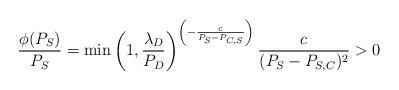
LaTeX: \begin{align*}\frac{ \phi (P_{S}) }{ P_{S}} = \min \left(1, \frac{\lambda_{D}}{P_{D}} \right) ^{\left( - \frac{c}{P_{S} - P_{C, S}} \right)} \frac{c}{(P_{S} - P_{S, C})^{2}} > 0\end{align*}